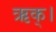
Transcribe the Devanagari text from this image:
ऋक्।